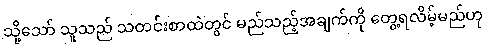
သို့သော် သူသည် သတင်းစာထဲတွင် မည်သည့်အချက်ကို တွေ့ရလိမ့်မည်ဟု